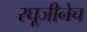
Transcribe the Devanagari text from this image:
रघूजीनेच